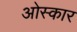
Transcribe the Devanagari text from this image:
ओस्कार